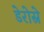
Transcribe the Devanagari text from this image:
डेरोस्ने